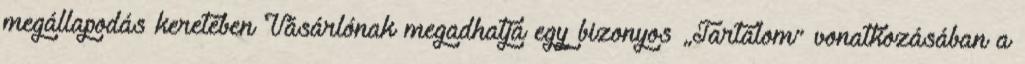
megállapodás keretében Vásárlónak megadhatja egy bizonyos „Tartalom” vonatkozásában a